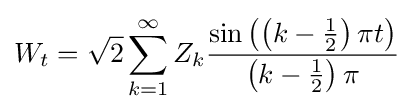
W_{t}={\sqrt {2}}\sum _{k=1}^{\infty }Z_{k}{\frac {\sin \left(\left(k-{\frac {1}{2}}\right)\pi t\right)}{\left(k-{\frac {1}{2}}\right)\pi }}